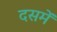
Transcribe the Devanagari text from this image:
दसमें